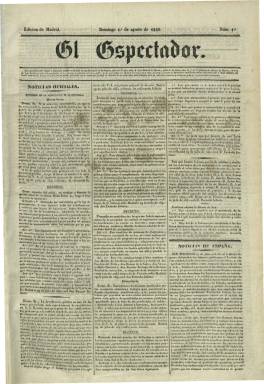
Título: El Espectador (Madrid. 1841)
Colección: Periódicos anteriores a 1850
Ámbito geográfico: Madrid
Lugar de publicación: Madrid
Fechas: 01/08/1841-30/12/1848

Tras la salida de España de la reina María Cristina y asumir Baldomero Espartero la Regencia durante la minoría de edad de Isabel II, Evaristo San Miguel fundará este periódico, como órgano de prensa del Partido Progresista afín al general. Aparecerá el uno de agosto de 1841, siendo el gran diario esparterista de este periodo, aunque polemizará con el otro periódico progresista –El eco del comercio-, de signo más radical y “trinitario”, como defensor de que la Regencia fuera ocupada por tres personas y no sólo por Espartero.

Es un periódico característico de la nueva prensa española que había empezado a publicarse tras la desaparición de Fernando VII, en donde la opinión política está ya claramente diferenciada del resto de los contenidos noticiosos, a la vez bien estructurados en secciones: noticias oficiales (decretos, órdenes, etc.), las extranjeras, las nacionales y la local de Madrid, y otras sobre espectáculos (principalmente, teatro) o variedades. Asimismo publicará un folletín por entregas (generalmente novelas históricas), otras noticias de carácter económico (precios de los productos en los mercados, cotizaciones de la bolsa o los fondos públicos), así como anuncios comerciales. Además del característico editorial, incluirá también otros artículos políticos de fondo, remitidos o comunicados, así como crónicas parlamentarias.

Sucesivamente fue dirigido por Francisco Martín Serrano, Simón Santos Lerín y Ramón Girón, y en el se congregaron estimables escritores, como los poetas Heriberto García de Quevedo y Miguel Agustín Príncipe; políticos, como Francisco Díaz Quintero, o el médico y escritor Antonio Ribot Fontseré. Formaron parte de su redacción el poeta venezolano Rafael María Balart, y en el inició su actividad periodística Ángel Fernández de los Ríos. Otros redactores fueron Mariano del Castillo, Alfonso Escalante, Manuel María de Santa Ana, Ramón Satorres o Juan Antonio Seoane. Contará también con corresponsales en provincias para redactar las correspondencias.

Aparecía todos los días, aunque a veces dejó de hacerlo los lunes, en números de cuatro páginas, a cuatro y a cinco columnas, y varió en alguna ocasión su formato. Contó con imprenta propia, aunque también fue impreso en otras y, al final, en la de Zacarías Soler. Asimismo tuvo varios editores responsables: L.D de Soto, Francisco de Sales Fuentes, J. Vázquez, Francisco Carbajal y Juan Ramiro. En 1845 lo fue Tomás Santander y Muñoz, que llegaría a ser encarcelado.

De ser el más importante defensor de Espartero y de la Constitución de 1837, a la caída del general iniciará una segunda etapa ya desde la oposición, lo que originará varias veces su suspensión a causa de los acontecimientos militares y políticos y de las restricciones y las medidas arbitrarias contra la libertad de imprenta. Tras los sucesos militares de Torrejón de Ardoz, no se publica desde el 23 de julio al 14 de agosto de 1843. También suspende su salida del 9 de febrero al 3 de mayo de 1844, durante el gobierno de Luis González Bravo, y reaparece con el gobierno del general Ramón María Narváez.

Con la nueva Constitución moderada de 1845 y la nueva ley de imprenta de seis de julio de este año, se subtitulará “periódico político, literario, industrial y satírico”, y  a partir del 12 de abril de 1848 dejará de insertar sus editoriales y, tras los sucesos del siete de mayo que acaban con la muerte del capitán general José Fulgosio, de nuevo suspende su salida desde el 11 de mayo al 20 de septiembre de este año, iniciando al día siguiente su última época, hasta terminar desapareciendo el 30 de diciembre, junto con la demás prensa progresista, al tiempo que se estabiliza el nuevo gobierno moderado de Narváez, al que algunos historiadores tildan de dictadura.